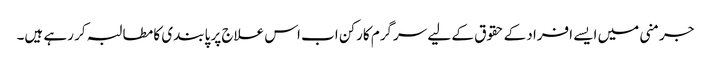
جرمنی میں ایسے افراد کے حقوق کے لیے سرگرم کارکن اب اس علاج پر پابندی کا مطالبہ کر رہے ہیں۔